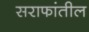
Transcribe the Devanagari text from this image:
सराफांतील